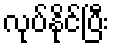
လုပ်နိုင်ပြီး